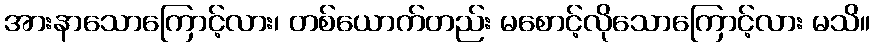
အားနာသောကြောင့်လား၊ တစ်ယောက်တည်း မစောင့်လိုသောကြောင့်လား မသိ။